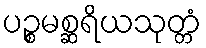
ပဉ္စမစ္ဆရိယသုတ္တံ